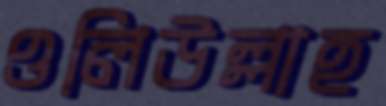
ওলিউল্লাহ